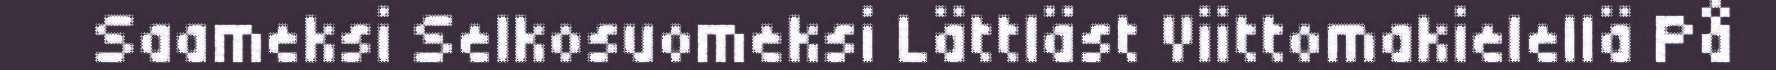
Saameksi Selkosuomeksi Lättläst Viittomakielellä På